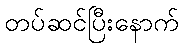
တပ်ဆင်ပြီးနောက်